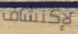
لإكتشاف